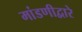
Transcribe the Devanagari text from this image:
मांडणीद्वारे